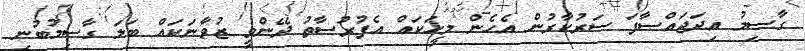
ގާސިމު އިދަޖައްސާފަ ސަރުކާރުން އެހެން މީހަކައް އެފުރުސާތު ދޭންވީ ޒުވާނަކައް ބަލަ ގާސިމުބުނި